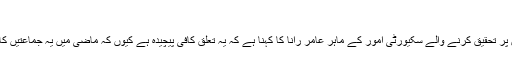
‘
کالعدم تنظیموں پر تحقیق کرنے والے سکیورٹی امور کے ماہر عامر رانا کا کہنا ہے کہ یہ تعلق کافی پیچیدہ ہے کیوں کہ ماضی میں یہ جماعتیں کالعدم نہیں تھیں۔